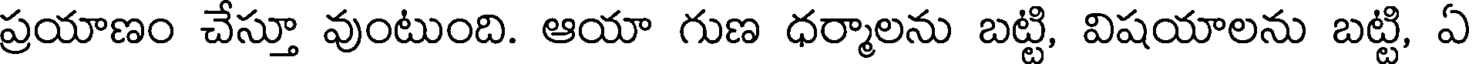
ప్రయాణం చేస్తూ వుంటుంది. ఆయా గుణ ధర్మాలను బట్టి, విషయాలను బట్టి, ఏ